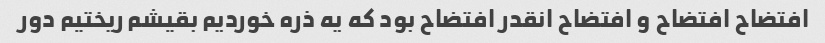
افتضاح افتضاح و افتضاح انقدر افتضاح بود که یه ذره خوردیم بقیشم ریختیم دور